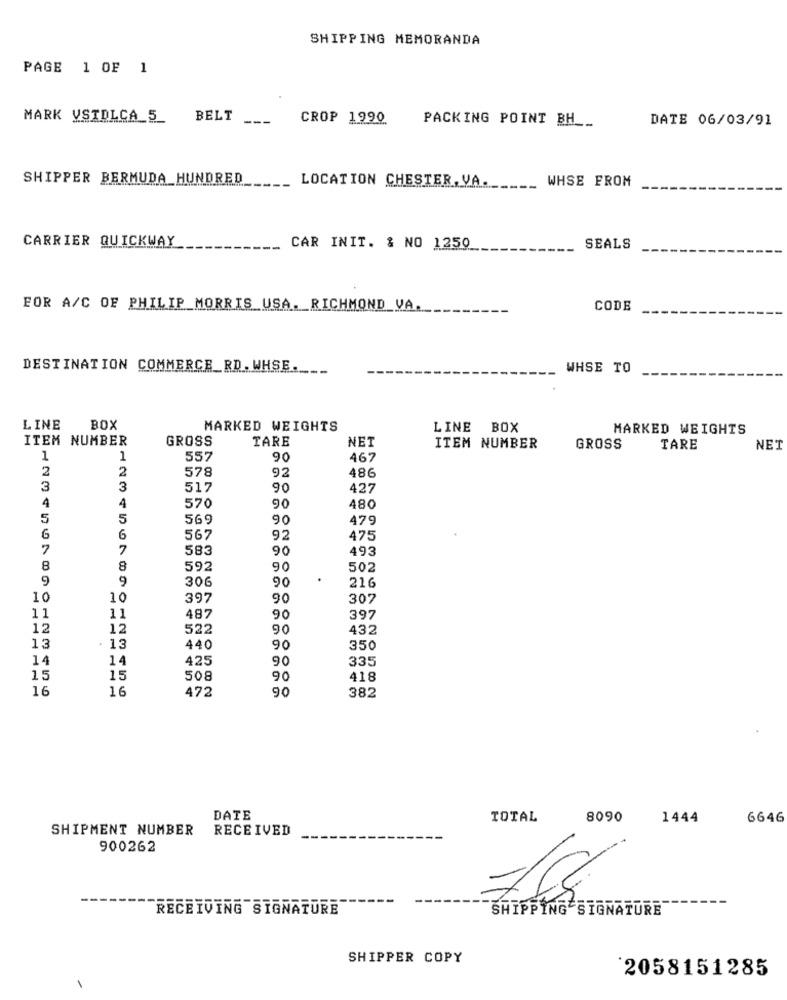
SHIPPING MEMORANDA
PAGE 1 OF 1
MARK VSTDLCA 5
BELT
---
CROP 1990
PACKING POINT BH __
DATE 06/03/91
SHIPPER BERMUDA HUNDRED
LOCATION CHESTER. VA.
WHSE FROM
CARRIER QUICKWAY
CAR INIT. & NO 1250
SEALS
FOR A/C OF PHILIP MORRIS USA. RICHMOND_VA.
CODE
DESTINATION COMMERCE_RD. WHSE .___
WHSE TO
LINE
BOX
MARKED WEIGHTS
LINE BOX
MARKED WEIGHTS
ITEM NUMBER
GROSS
TARE
NET
ITEM NUMBER
GROSS
TARE
NET
1
1
557
90
467
2
578
486
2
92
3
3
517
90
427
4
4
570
90
480
5
5
569
90
479
G
6
567
92
475
7
7
583
90
493
8
8
592
90
502
9
9
306
90
216
10
10
397
90
307
11
11
487
90
397
12
12
522
90
432
13
. 13
440
90
350
14
14
425
90
335
15
15
508
90
418
16
16
472
90
382
DATE
TOTAL
8090
1444
6646
SHIPMENT NUMBER
RECEIVED
900262
RECEIVING SIGNATURE
SHIPPING SIGNATURE
SHIPPER COPY
2058151285